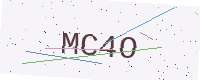
Text: MC4O